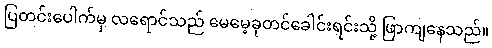
ပြတင်းပေါက်မှ လရောင်သည် မေမေ့ခုတင်ခေါင်းရင်းသို့ ဖြာကျနေသည်။